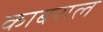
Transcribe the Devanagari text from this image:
काबराल